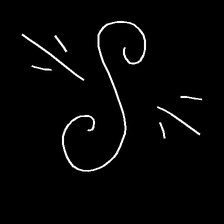
Glyph: wind-directs-air